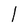
Character: l